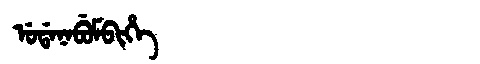
Manchu: ᡠᡩᠠᠨᠠᠪᡠᠮᠪᡳᡥᡝ
Romanization: UDANABUMBIHE